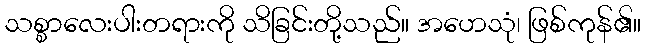
သစ္စာလေးပါးတရားကို သိခြင်းတို့သည်။ အဟေသုံ၊ ဖြစ်ကုန်၏။